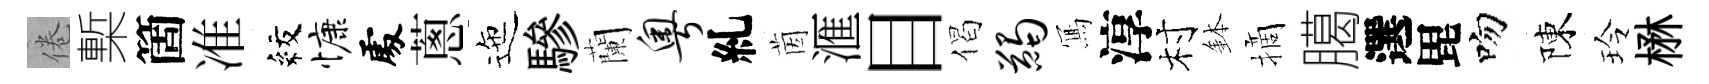
倦槧箇准紋慷𠁅蔥迤驂蘭粤糺茵滙目偈蠲𭂁淳村鉢摘臈選毘吻陳玲楙